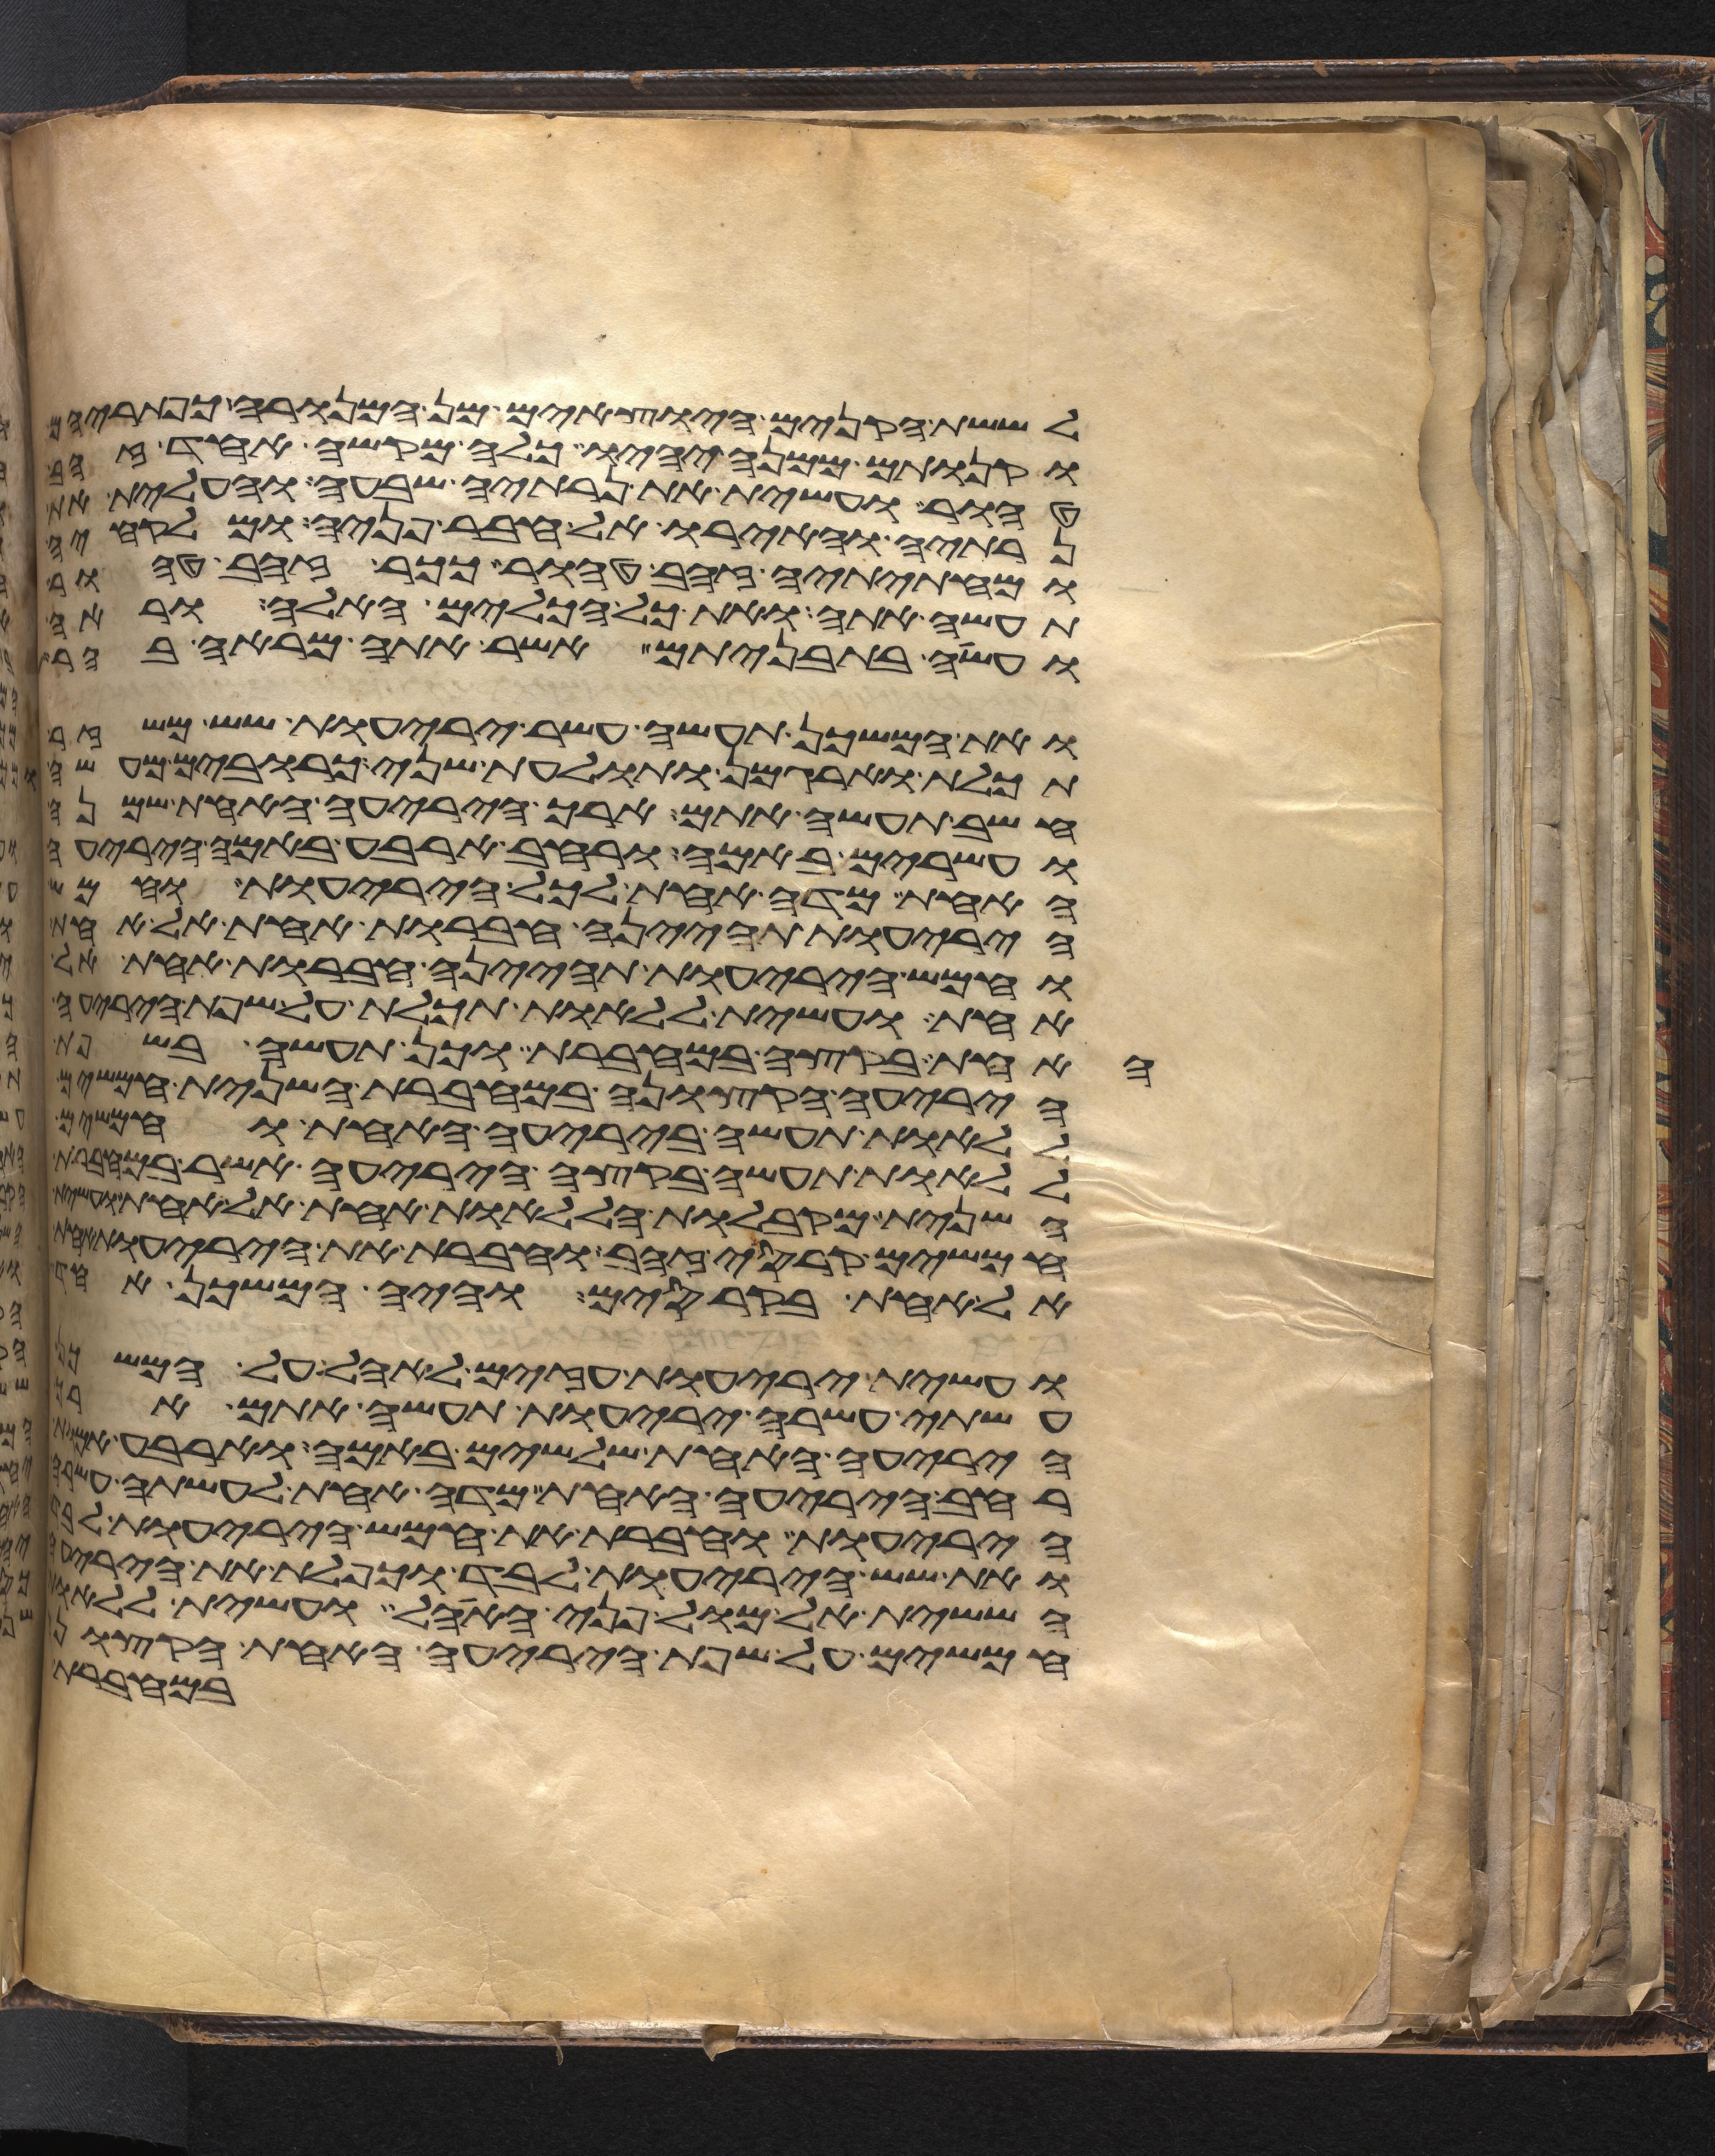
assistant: לששת הקנים היוצאים מן המנורה כפתריהם
וקנותם ממנה יהיו כלה מקשה אחד זהב
טהור ועשית את נרתיה שבעה והעלית את
נרתיה והאירו אל עבר פניה ומלקחיה
ומחתיתיה זהב טהור ככר זהב טהור
תעשה אתה ואת כל הכלים האלה וראה
ועשה בתבניתם אשר אתה מראה בהר
ואת המשכן תעשה עשר יריעות שש משזר
תכלת וארגמן ותולעת שני כרובים מעשה
חשב תעשה אתם ארך היריעה האחת שמנה
ועשרים באמה ורחב ארבע באמה היריעה
האחת מדה אחת לכל היריעות וחמש
היריעות תהינה חברות אחת אל אחת
וחמש היריעות תהינה חברות אחת אל
אחת ועשית ללאות תכלת על שפת היריעה
האחת בקצה במחברת וכן תעשה בשפת
היריעה הקצונה במחברת השנית חמשים
ללאות תעשה ביריעה האחת וחמשים
ללאות תעשה בקצה היריעה אשר
השנית מקבלות הללאות אחת אל אחת
חמשים קרסי זהב וחברת את היריעות
אל אחת בקרסים והיה המשכן אחד
ועשית יריעות עזים לאהל על המשכן
עשתה עשרה יריעות תעשה אתם ארך
היריעה האחת שלשים באמה וארבע
רחב היריעה האחת מדה אחת לעשתה עשרה
היריעות וחברת את חמש היריעות לבד
ואת שש היריעות לבד וכפלת את היריעה
הששית אל מול פני האהל ועשית ללאות
חמשים על שפת היריעה האחת הקצונה
במחברת